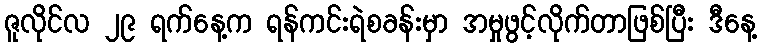
ဇူလိုင်လ ၂၉ ရက်နေ့က ရန်ကင်းရဲစခန်းမှာ အမှုဖွင့်လိုက်တာဖြစ်ပြီး ဒီနေ့